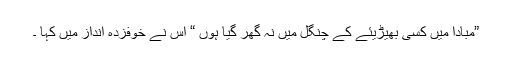
”مبادا میں کسی بھیڑیئے کے چنگل میں نہ گھر گیا ہوں “ اس نے خوفزدہ انداز میں کہا ۔